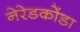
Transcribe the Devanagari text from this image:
नेरेडकोंडा